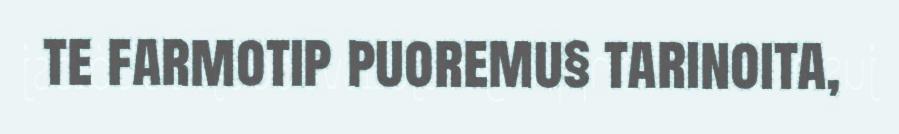
te farmotip puoremu§ tarinoita,